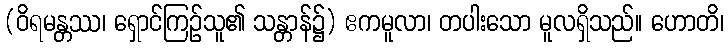
(ဝိရမန္တဿ၊ ရှောင်ကြဉ်သူ၏ သန္တာန်၌) ဧကမူလာ၊ တပါးသော မူလရှိသည်။ ဟောတိ၊